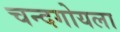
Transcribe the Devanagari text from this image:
चन्दगोयला